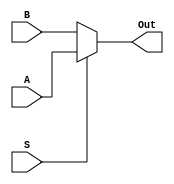
module mux2_1_3b(A, B, S, Out);

//Mux selects from two 16b inputs, high selects input A
input [2:0] A;
input [2:0] B;
input S;
output [2:0] Out;

assign Out = S ? A : B;

endmodule